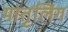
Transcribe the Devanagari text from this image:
मातृलिंग